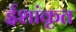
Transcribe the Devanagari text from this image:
ईशांकृत